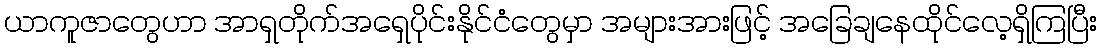
ယာကူဇာတွေဟာ အာရှတိုက်အရှေပိုင်းနိုင်ငံတွေမှာ အများအားဖြင့် အခြေချနေထိုင်လေ့ရှိကြပြီး